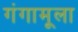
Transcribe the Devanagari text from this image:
गंगामूला